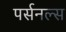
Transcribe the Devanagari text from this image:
पर्सनल्स